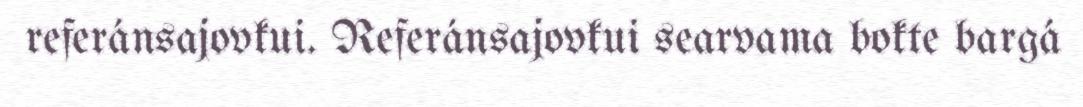
referánsajovkui. Referánsajovkui searvama bokte bargá